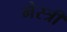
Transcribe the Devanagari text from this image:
मेस्‍त्री